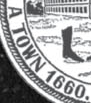
A TOWN 1660.